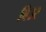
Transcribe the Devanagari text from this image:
बिउर